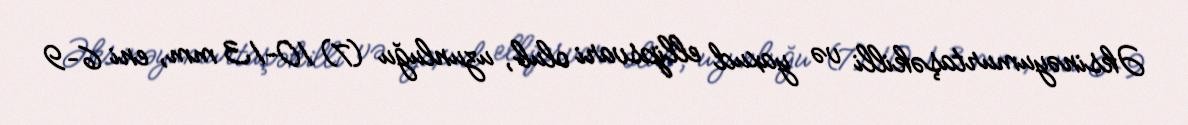
Əksinəyumurtaşəkilli və yaxud ellipsvari olub, uzunluğu (7) 10–13 mm, eni 6–9